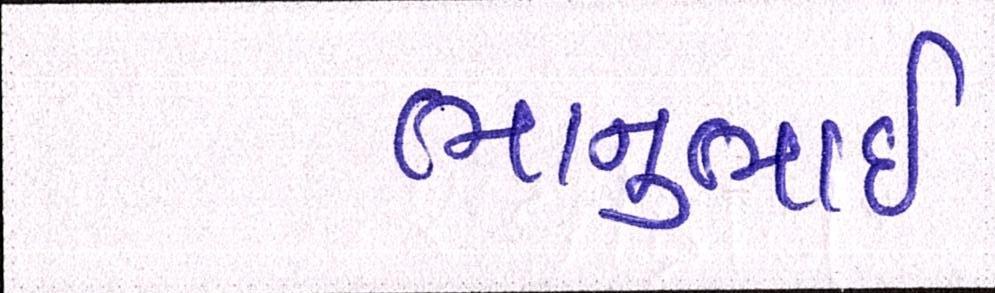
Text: ભાનુભાઈ